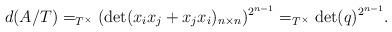
LaTeX: \begin{align*}d(A/T)=_{T^\times} (\det (x_ix_j+x_jx_i)_{n\times n})^{2^{n-1}}=_{T^\times} \det (q)^{2^{n-1}}.\end{align*}